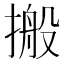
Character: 搬